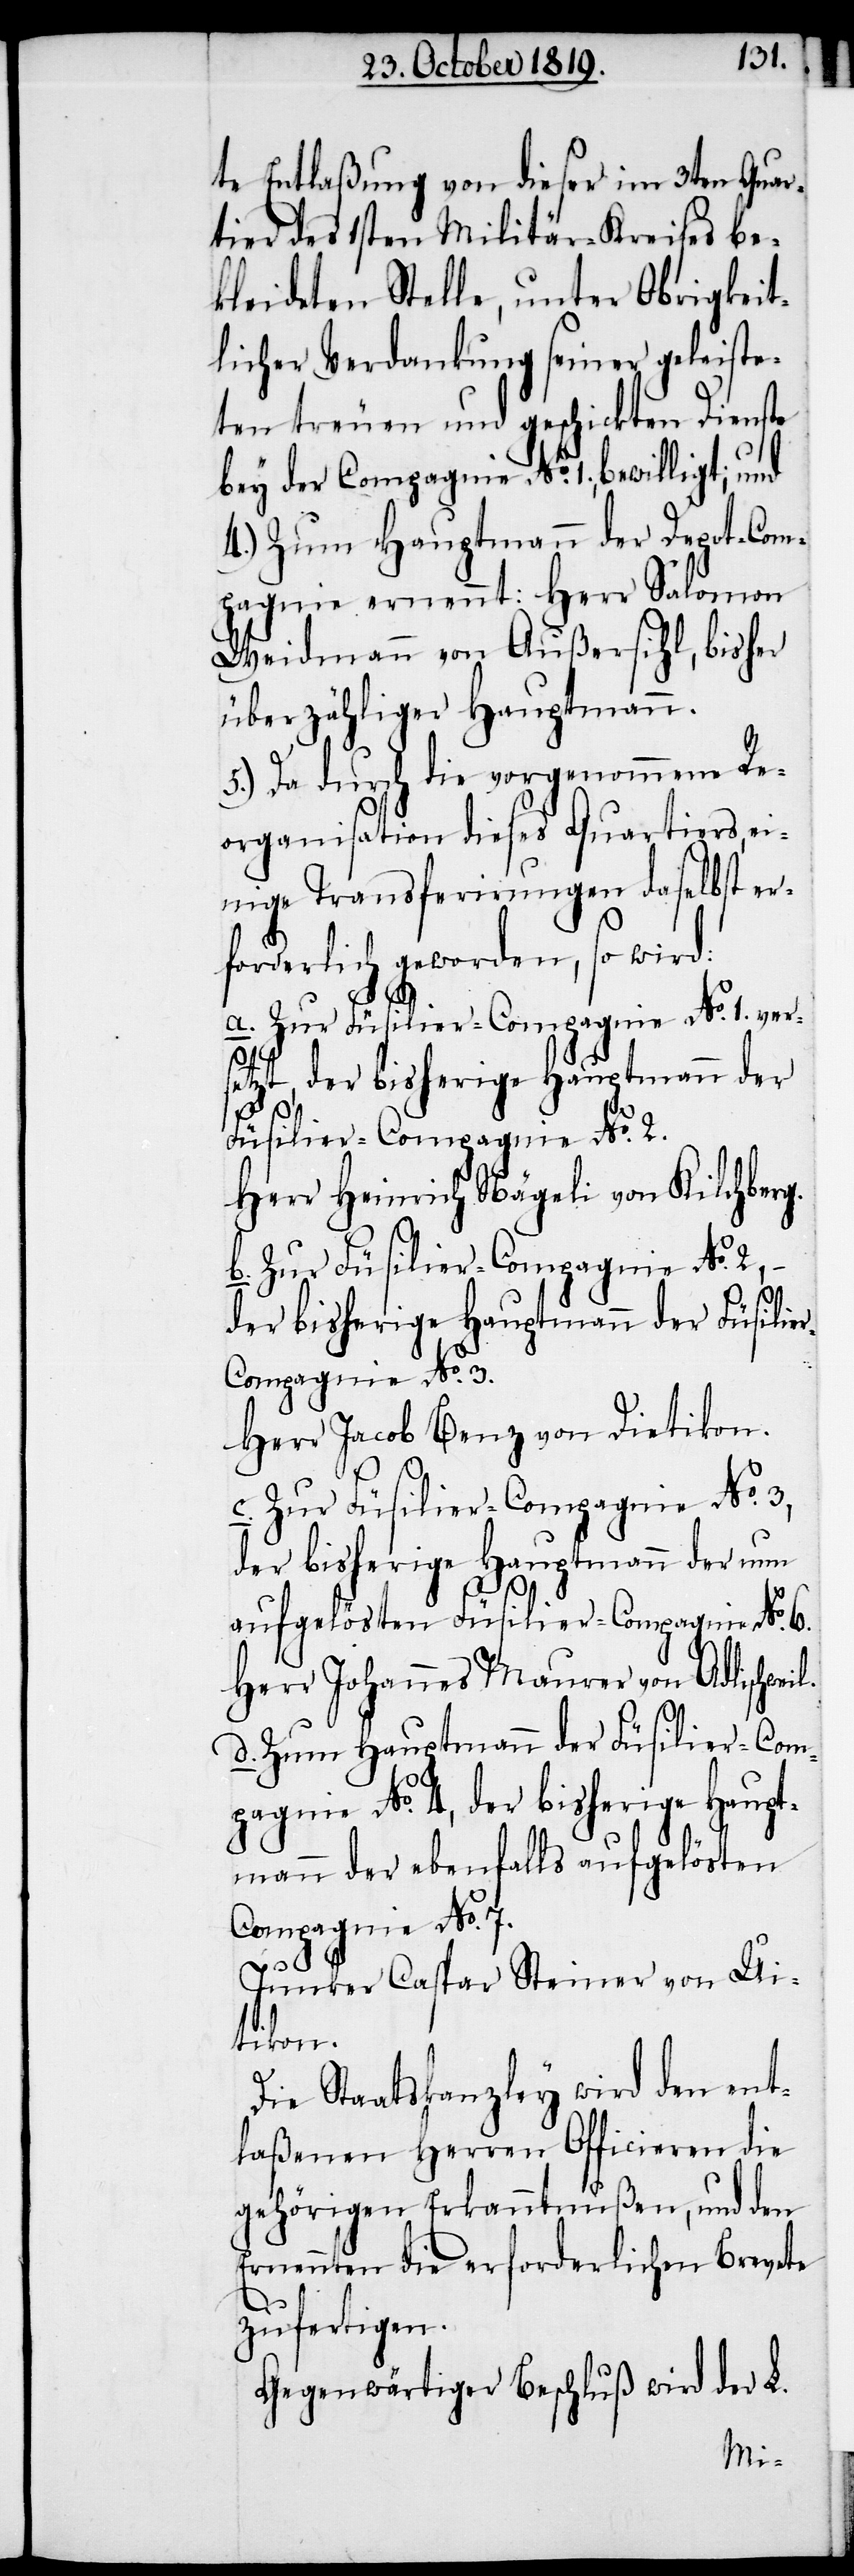
te Entlaßung von dieser im 3ten Quar¬
tier des 1sten Militär-Kreises be¬
kleideten Stelle, unter Obrigkeit¬
licher Verdankung seiner geleiste¬
ten treuen und geschickten Dienste
bey der Compagnie No. 1., bewilligt; und
4.) Zum Hauptmann der Depot-Com¬
pagnie ernennt: Herr Salomon
Weidmann von Außersihl, bisher
überzähliger Hauptmann.
5.) Da durch die vorgenommene Re¬
organisation dieses Quartiers, ei¬
nige Transferirungen daselbst er¬
forderlich geworden, so wird:
a. Zur Füsilier-Compagnie No. 1. ver¬
setzt, der bisherige Hauptmann der
Füsilier-Compagnie No. 3.
Herr Heinrich Nägeli von Kilchberg.
Herr Jacob Benz von Dietikon.
c. Zur Füsilier-Compagnie No. 3.,
der bisherige Hauptmann der nun
aufgelösten Füsilier-Compagnie No. 6.
Herr Johannes Maurer von Adlischweil.
d. Zum Hauptmann der Füsilier-Com¬
pagnie No. 4., der bisherige Haupt¬
mann der ebenfalls aufgelösten
Compagnie No. 7.
Junker Caspar Steiner von Ui¬
tikon.
Die Staatskanzley wird den ent¬
laßenen Herren Officieren die
gehörigen Erkanntnußen, und den
Ernennten die erforderlichen Brevete
zufertigen.
Gegenwärtiger Beschluß wird der L.